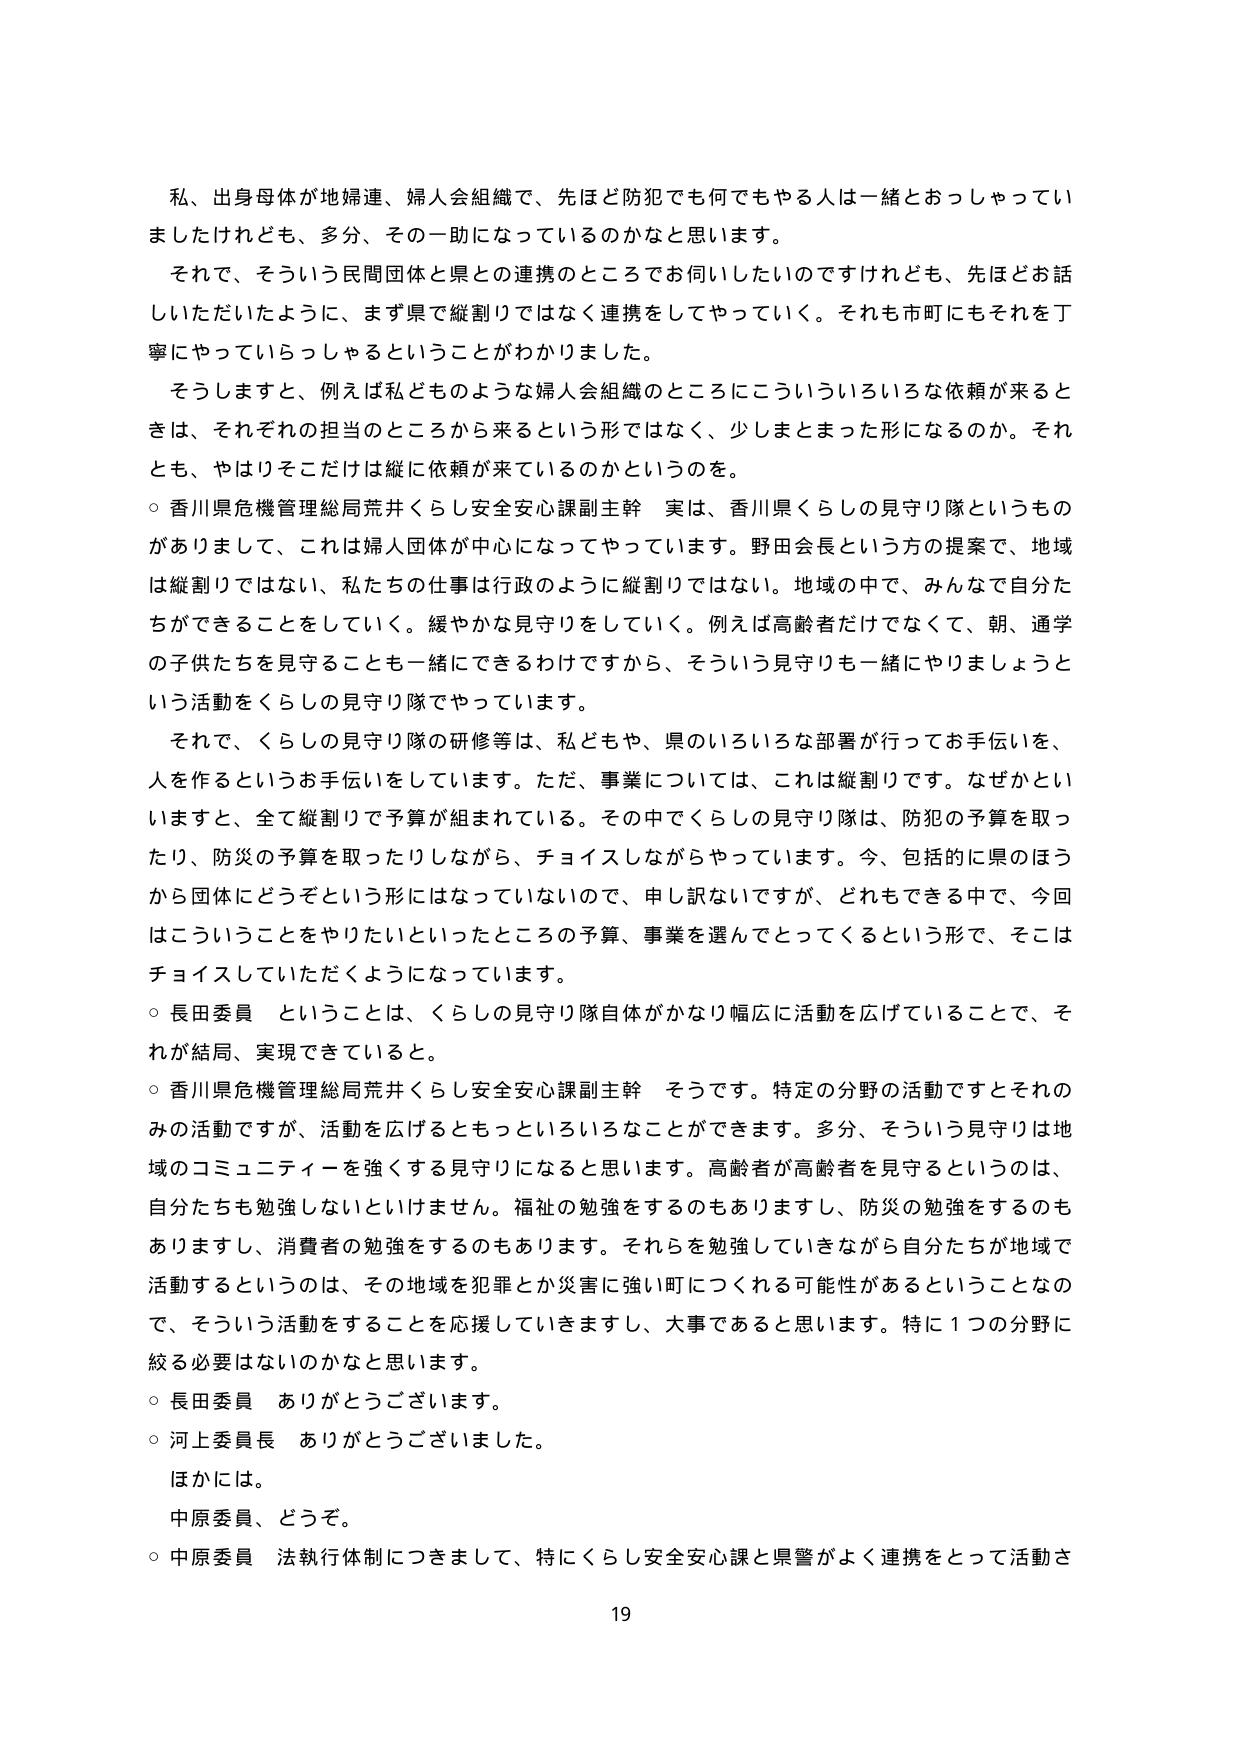
私、出身母体が地婦連、婦人会組織で、先ほど防犯でも何でもやる人は一緒とおっしゃってい
ましたけれども、多分、その一助になっているのかなと思います。
それで、そういう民間団体と県との連携のところでお伺いしたいのですけれども、先ほどお話
しいただいたように、まず県で縦割りではなく連携をしてやっていく。それも市町にもそれを丁
寧にやっていらっしゃるということがわかりました。
そうしますと、例えば私どものような婦人会組織のところにこういういろいろな依頼が来ると
きは、それぞれの担当のところから来るという形ではなく、少しまとまった形になるのか。それ
とも、やはりそこだけは縦に依頼が来ているのかというのを。
○ 香川県危機管理総局荒井くらし安全安心課副主幹 実は、香川県くらしの見守り隊というも
のがありまして、これは婦人団体が中心になってやっています。野田会長という方の提案で、地域
は縦割りではない、私たちの仕事は行政のように縦割りではない。地域の中で、みんなで自分た
ちができることをしていく。緩やかな見守りをしていく。例えば高齢者だけでなく、朝、通学
の子供たちを見守ることも一緒にできるわけですから、そういう見守りも一緒にやりましょうと
いう活動をくらしの見守り隊でやっています。
それで、くらしの見守り隊の研修等は、私どもや、県のいろいろな部署が行ってお手伝いを、
人を作るというお手伝いをしています。ただ、事業については、これは縦割りです。なぜかとい
いますと、全て縦割りで予算が組まれている。その中でくらしの見守り隊は、防犯の予算を取っ
たり、防災の予算を取ったりしながら、チョイスしながらやっています。今、包括的に県のほう
から団体にどうぞという形にはなっていないので、申し訳ないですが、どれもできる中で、今回
はこういうことをやりたいといったところの予算、事業を選んでとってくるという形で、そこは
チョイスしていただくようになっています。
○ 長田委員 ということは、くらしの見守り隊自体がかなり幅広に活動を広げていることで、そ
れが結局、実現できていると。
○ 香川県危機管理総局荒井くらし安全安心課副主幹 そうです。特定の分野の活動ですとそれの
みの活動ですが、活動を広げるともっといろいろなことができます。多分、そういう見守りは地
域のコミュニティーを強くする見守りになると思います。高齢者が高齢者を見守るというのは、
自分たちも勉強しないといけません。福祉の勉強をするのもありますし、防災の勉強をするのも
ありますし、消費者の勉強をするのもあります。それらを勉強していきながら自分たちが地域で
活動するというのは、その地域を犯罪とか災害に強い町につくれる可能性があるということなの
で、そういう活動をすることを応援していきますし、大事であると思います。特に１つの分野に
絞る必要はないのかなと思います。
○ 長田委員 ありがとうございます。
○ 河上委員長 ありがとうございました。
ほかには。
中原委員、どうぞ。
○ 中原委員 法執行体制につきまして、特にくらし安全安心課と県警がよく連携をとって活動さ
19